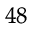
^ { 4 8 }